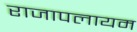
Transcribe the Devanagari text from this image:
राजापलायम